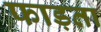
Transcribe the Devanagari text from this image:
फाड़ता